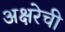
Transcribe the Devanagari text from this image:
अक्षरेची